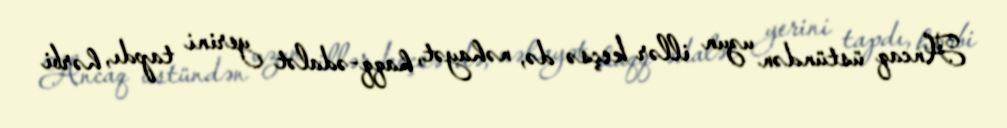
Ancaq üstündən uzun illər keçsə də, nəhayət, haqq-ədalət yerini tapdı, hərbi